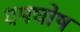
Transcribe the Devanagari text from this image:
दमघोष